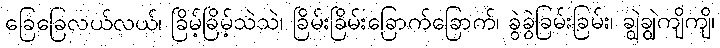
ခြေခြေလယ်လယ်၊ ခြိမ့်ခြိမ့်သဲသဲ၊ ခြိမ်းခြိမ်းခြောက်ခြောက်၊ ခွဲခွဲခြမ်းခြမ်း၊ ချွဲချွဲကျိကျိ၊